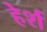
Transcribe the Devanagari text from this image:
हेर्श